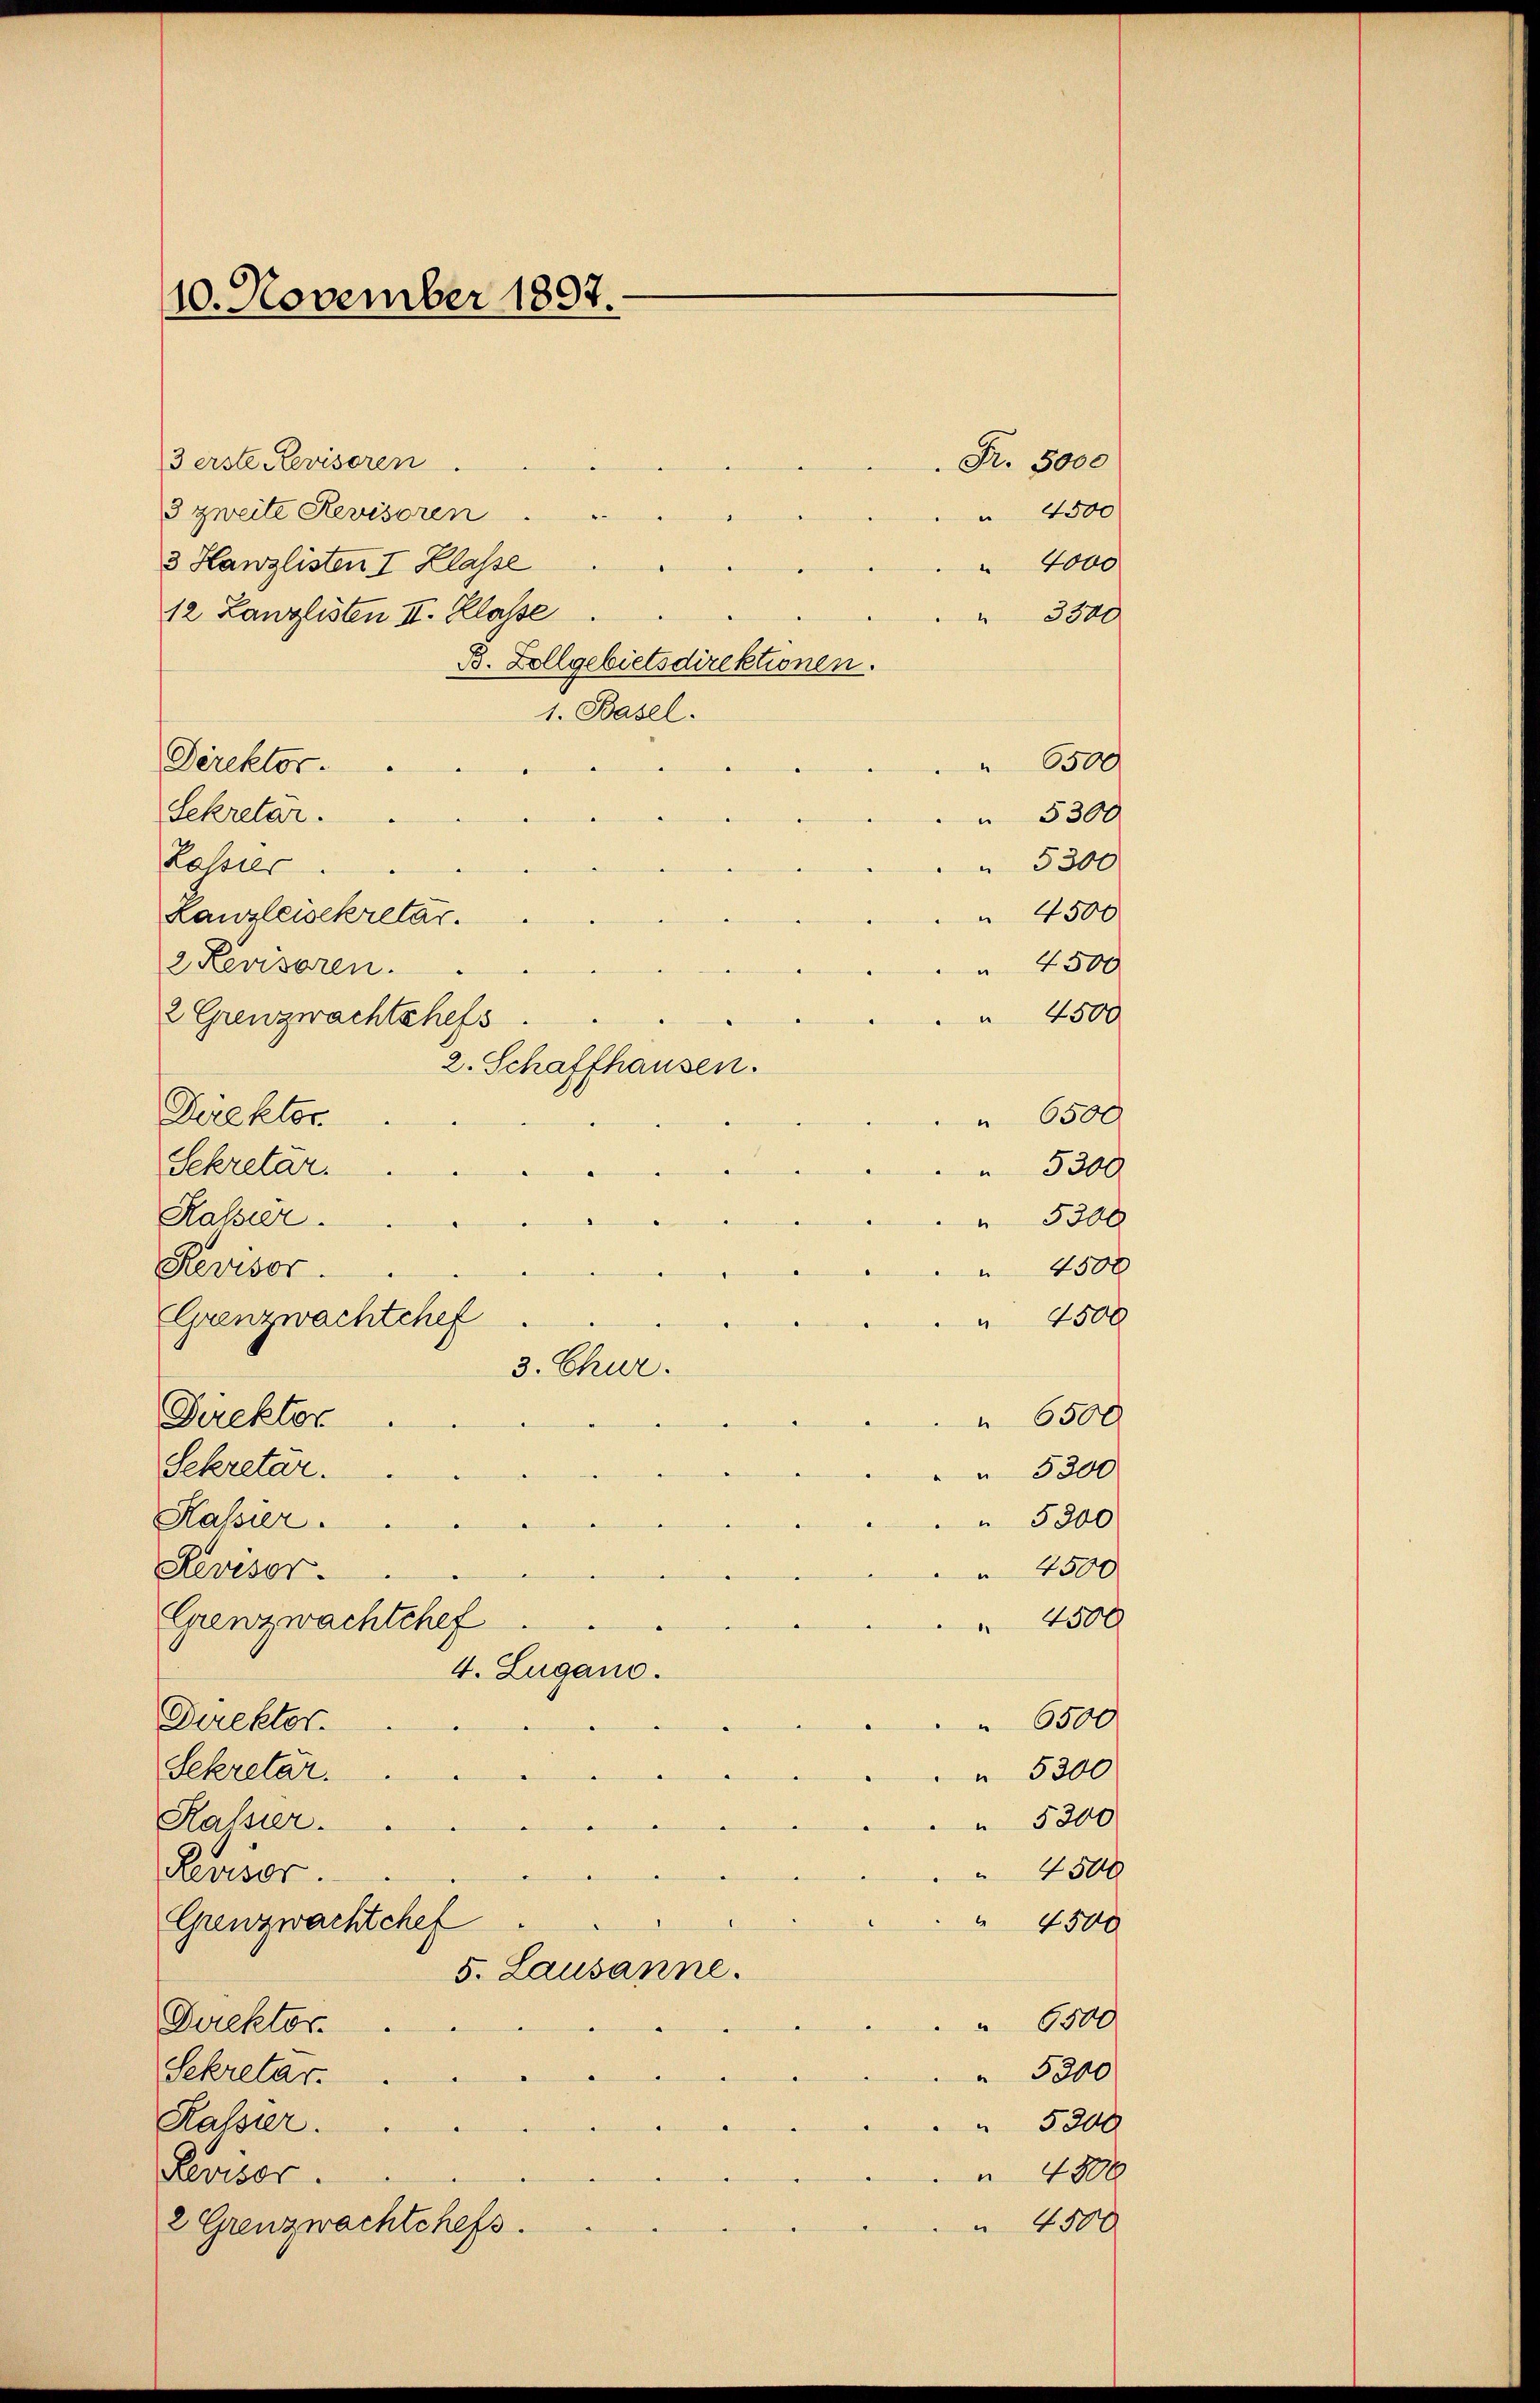
10. November 1897.

Fr. 5000
3 erste Revisoren
3 zweite Revisoren
 4500
3 Hawzlisten I Klasse
4000
12 Kanzlisten II. Klasse
 3300
B. Zollgebietsdirektionen.
1. Basel.
" 6500
Direktor.
Sekretar.
 5300
 5300
Lassier
 4500
Kanzleisekretar.
 4500
2 Revisoren.
 4500
2 Grenzwachtshefs
" 6500
Direktor
Sekretar.
 5300
Kassier.
 5300
4500
Revisor
(Grenzwachtchef
 4500
Direktor.
" 6500
Sekretar.
" 5300
Kassier.
 5300
 4500
Revisor
Genzwachtchef
 4500
4. Zugano.
 6500
Direktor.
Sekretar.
" 5300
" 5300
Kassier.
 4500
Revisor
Grenzwachtchef
 4500
5. Lausanne.
 6500
Direktor.
Sekretar.
 5300
Kassier.
 5200
 4800
Revisor
2 Grenzwachtchefs.
 4500

2. Schaffhausen.

3. Chur.